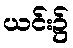
ယင်း၌